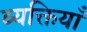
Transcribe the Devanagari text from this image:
व्यक्तियाँ